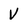
Character: V